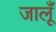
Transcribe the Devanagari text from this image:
जालूँ